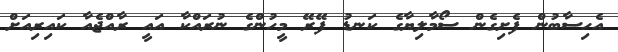
އެހިސާބުން ފެށިގެން ސޯމާލިޔާގެ ކަނޑު ފޭރޭ މީހުންގެ ނުރައްކާ އައީ ރާއްޖެއާ ކައިރިއަށް